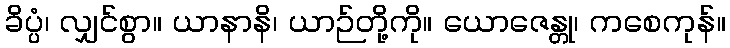
ခိပ္ပံ၊ လျှင်စွာ။ ယာနာနိ၊ ယာဉ်တို့ကို။ ယောဇေန္တု၊ ကစေကုန်။